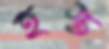
হস্ত